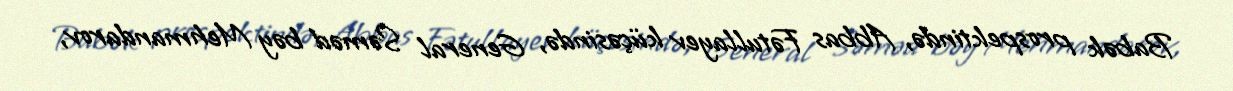
Babək prospektində, Abbas Fətullayev küçəsində, General Səməd bəy Mehmandarov,